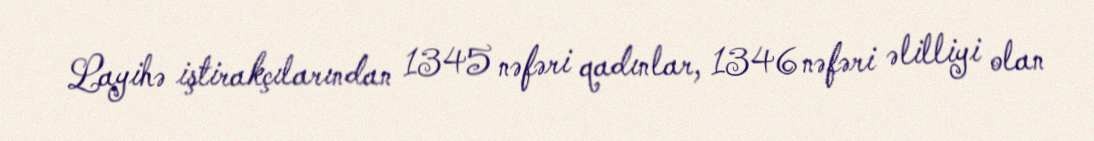
Layihə iştirakçılarından 1345 nəfəri qadınlar, 1346 nəfəri əlilliyi olan